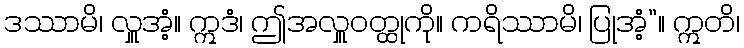
ဒဿာမိ၊ လှူအံ့။ ဣဒံ၊ ဤအလှူဝတ္ထုကို။ ကရိဿာမိ၊ ပြုအံ့”။ ဣတိ၊